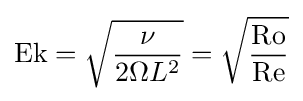
\mathrm {Ek} ={\sqrt {\frac {\nu }{2\Omega L^{2}}}}={\sqrt {\frac {\mathrm {Ro} }{\mathrm {Re} }}}